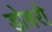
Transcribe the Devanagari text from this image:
डोबरो